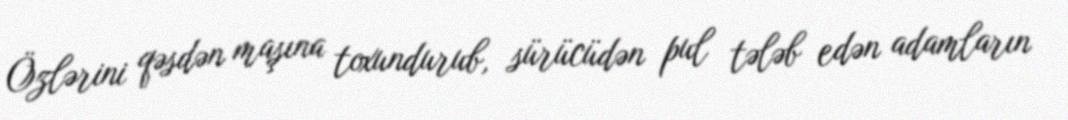
Özlərini qəsdən maşına toxundurub, sürücüdən pul tələb edən adamların